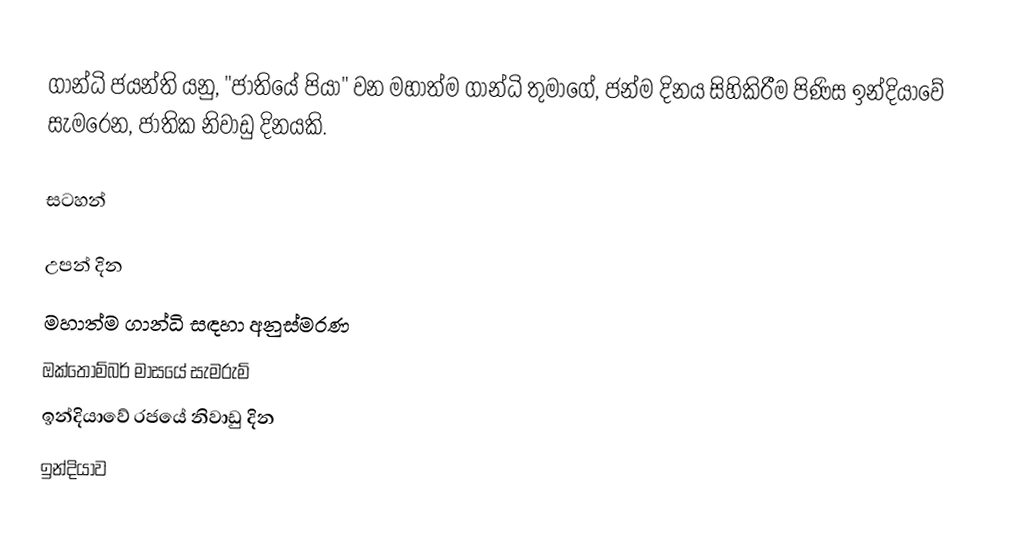
ගාන්ධි ජයන්ති යනු,  "ජාතියේ පියා" වන  මහාත්ම ගාන්ධි තුමාගේ, ජන්ම දිනය සිහිකිරීම පිණිස ඉන්දියාවේ සැමරෙන, ජාතික නිවාඩු දිනයකි.

සටහන්

උපන් දින
මහාත්ම ගාන්ධි සඳහා අනුස්මරණ
ඔක්තොම්බර් මාසයේ සැමරුම්
ඉන්දියාවේ රජයේ නිවාඩු දින
ඉන්දියාව